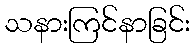
သနားကြင်နာခြင်း